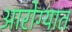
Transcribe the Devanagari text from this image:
आरोग्यात